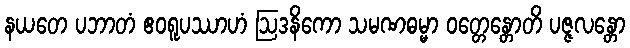
နယတေ ပဘာတံ ဧဝရူပဿာဟံ ဩဒနိကော သမဏဓမ္မာ ဝတ္တေန္တောတိ ပဇ္ဇလန္တော